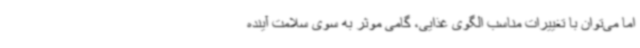
اما می‌توان با تغییرات مناسب الگوی غذایی، گامی موثر به سوی سلامت آینده